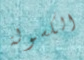
الكسولة